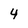
Character: 4